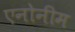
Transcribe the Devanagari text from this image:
एनोनीम